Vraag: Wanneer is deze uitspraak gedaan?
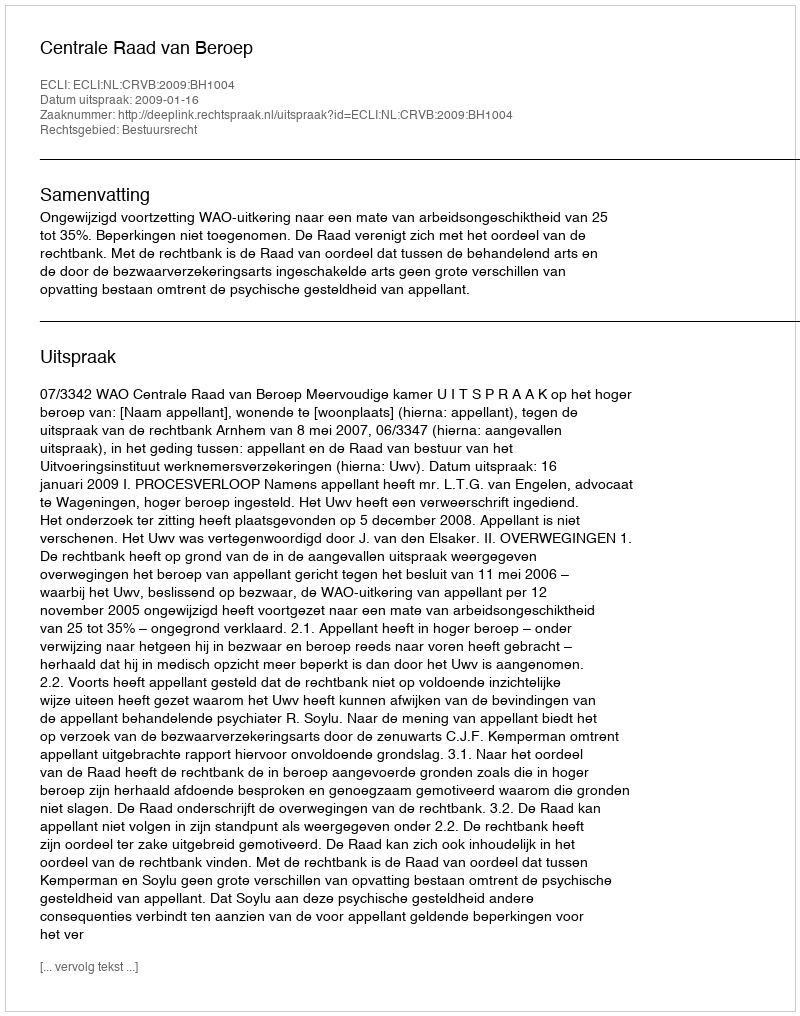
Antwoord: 2009-01-16